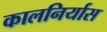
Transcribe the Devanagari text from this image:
कालनिर्यास